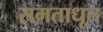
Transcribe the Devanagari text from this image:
समताधृत